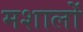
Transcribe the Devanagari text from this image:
मशालों